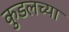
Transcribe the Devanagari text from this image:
कुडलच्या